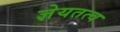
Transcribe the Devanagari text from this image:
ज्ञेयतत्व